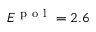
E ^ { \mathrm { ~ p ~ o ~ l ~ } } = 2 . 6 \